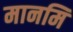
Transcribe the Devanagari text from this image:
मानमि